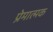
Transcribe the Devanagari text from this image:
प्रेमात्मक